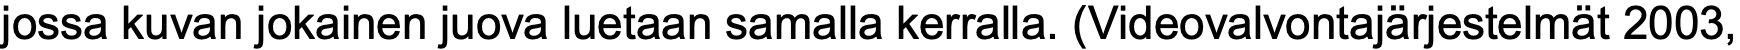
jossa kuvan jokainen juova luetaan samalla kerralla. (Videovalvontajärjestelmät 2003,